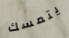
يتمسك